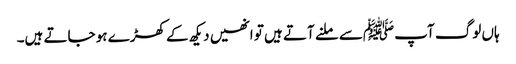
ہاں لوگ آپ ﷺسے ملنے آتے ہیں تو انھیں دیکھ کے کھڑے ہو جاتے ہیں۔